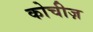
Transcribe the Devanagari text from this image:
कोचीज़